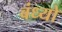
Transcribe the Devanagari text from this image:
बंध्यो